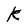
Character: K